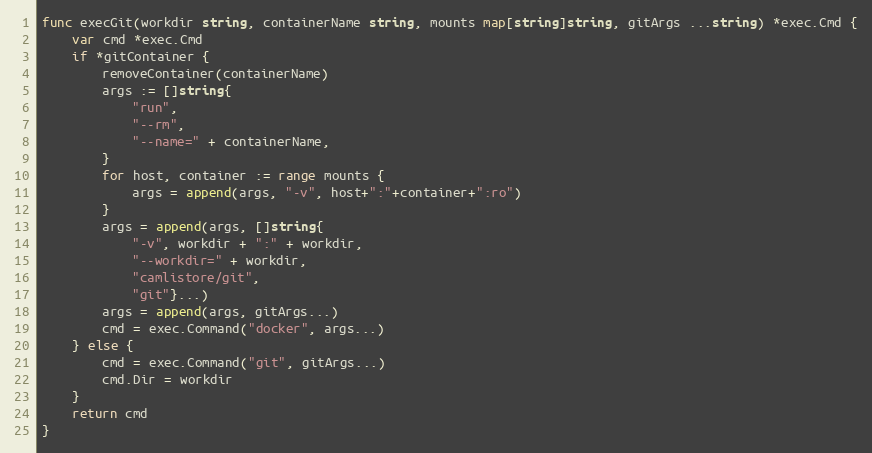
Language: Go
func execGit(workdir string, containerName string, mounts map[string]string, gitArgs ...string) *exec.Cmd {
	var cmd *exec.Cmd
	if *gitContainer {
		removeContainer(containerName)
		args := []string{
			"run",
			"--rm",
			"--name=" + containerName,
		}
		for host, container := range mounts {
			args = append(args, "-v", host+":"+container+":ro")
		}
		args = append(args, []string{
			"-v", workdir + ":" + workdir,
			"--workdir=" + workdir,
			"camlistore/git",
			"git"}...)
		args = append(args, gitArgs...)
		cmd = exec.Command("docker", args...)
	} else {
		cmd = exec.Command("git", gitArgs...)
		cmd.Dir = workdir
	}
	return cmd
}